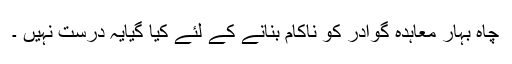
چاہ بہار معاہدہ گوادر کو ناکام بنانے کے لئے کیا گیایہ درست نہیں ۔